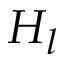
H _ { l }